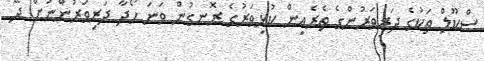
ސްކޫލް ތަކުގެ ދަރިވަރުންގެ ތެރެއިން ކުޅިވަރުގެ ރޮނގުން ވަނަ ހޯދާ ދަރިވަރުންނަށް ދޭ